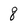
Character: 8